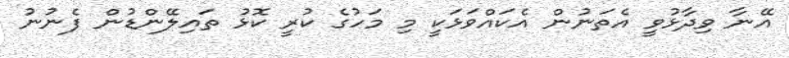
އޭނާ ވިދާޅުވީ އެތަނުން އެކައްވަޅަކީ މި މަހުގެ ކުރީ ކޮޅު ތައިލޭންޑުން ފެނުނު